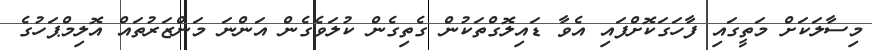
މިސާލަކަށް މަތީގައި ފާހަގަކޮށްފައި އެވާ ޑައިލޮގްތަކުން ގެތިގެން ކުލަވެގެން އަންނަ މަންޒަރުތައް އޮލިމްޕަހުގެ